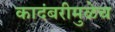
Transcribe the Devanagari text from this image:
कादंबरीमुळेच